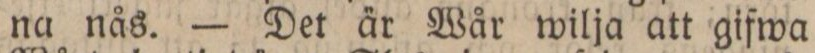
na nås. — Det är Wår wilja att gifwa